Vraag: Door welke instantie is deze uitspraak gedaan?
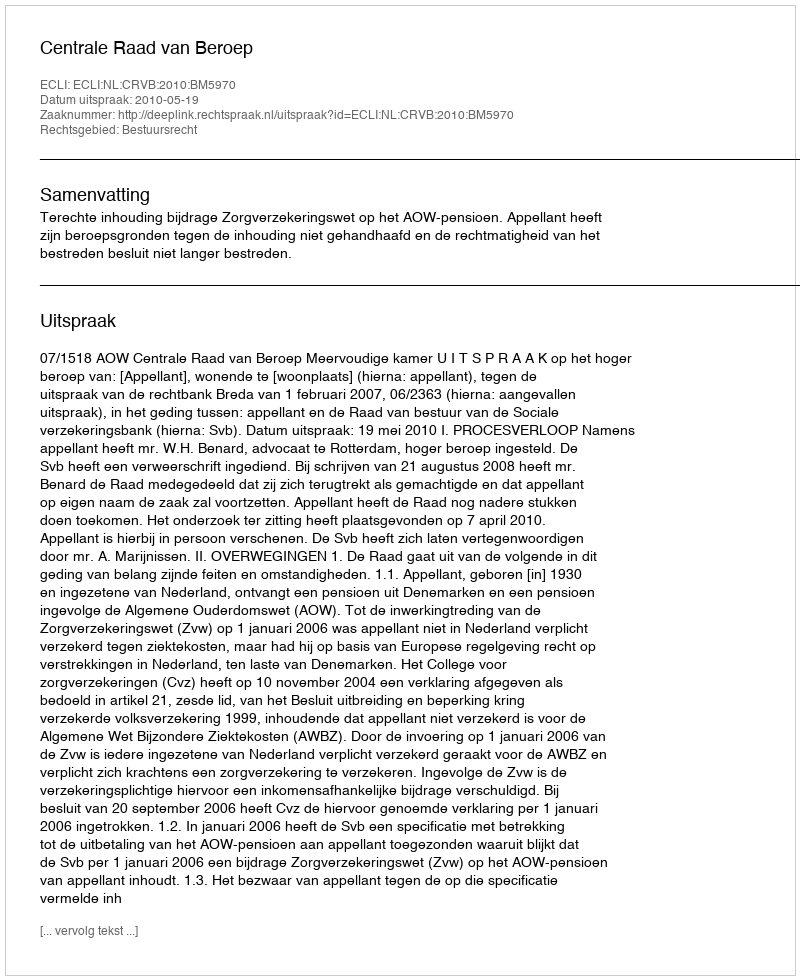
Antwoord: Centrale Raad van Beroep